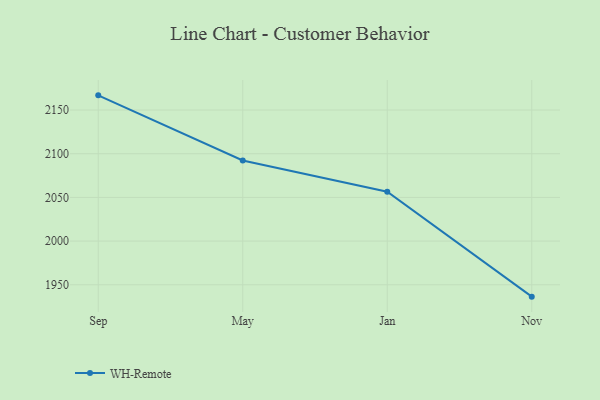
{"axis": {"x": "Month", "y": "Bounce Rate (%)"}, "legend": ["WH-Remote"], "data": [{"x": "Sep", "y": 2166.8, "type": "WH-Remote"}, {"x": "May", "y": 2092.3, "type": "WH-Remote"}, {"x": "Jan", "y": 2056.5, "type": "WH-Remote"}, {"x": "Nov", "y": 1936.4, "type": "WH-Remote"}]}